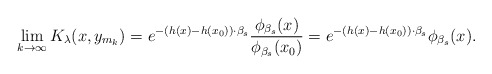
\begin{align*}\lim_{k \rightarrow \infty}K_{\lambda}(x,y_{m_k})=e^{-(h(x)-h(x_0))\cdot \beta_s} \frac{\phi_{\beta_s}(x)}{\phi_{\beta_s}(x_0)}=e^{-(h(x)-h(x_0))\cdot \beta_s}\phi_{\beta_s}(x).\end{align*}